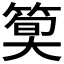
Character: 𫂎